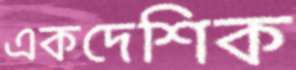
একদেশিক